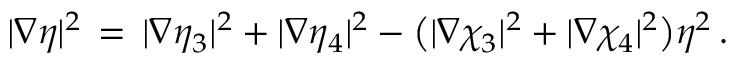
| \nabla \eta | ^ { 2 } \, = \, | \nabla \eta _ { 3 } | ^ { 2 } + | \nabla \eta _ { 4 } | ^ { 2 } - \bigl ( | \nabla \chi _ { 3 } | ^ { 2 } + | \nabla \chi _ { 4 } | ^ { 2 } \bigr ) \eta ^ { 2 } \, . \qquad